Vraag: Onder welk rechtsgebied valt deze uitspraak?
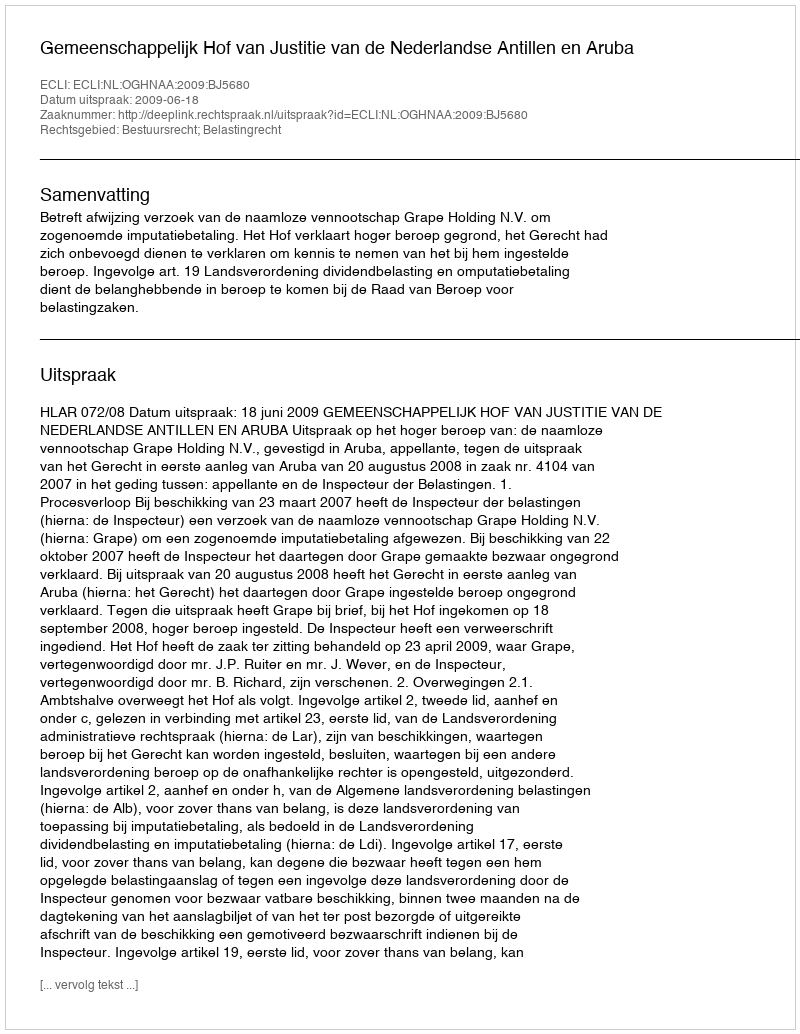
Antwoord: Bestuursrecht; Belastingrecht